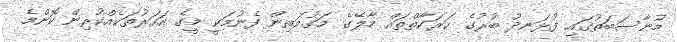
މުނާސަބަތުގައި ފުޅަނދު ބުރުގެ ހަރަކާތްތައް މާލޭގެ މަގުމަތިން ފެނުމަކީ މީގެ އަހަރުތަކެއްކުރިން ކޮންމެ